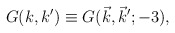
\begin{align*}G(k, k^{\prime}) \equiv G(\vec{k},\vec{k}^{\prime};-3), \end{align*}